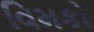
વિમકો